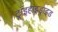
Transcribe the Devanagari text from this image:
ट्राइहाइड्राइड